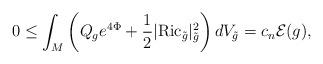
LaTeX: \begin{align*}0\leq \int_{M}\left(Q_{g}e^{4\Phi} + \frac{1}{2}|\mathrm{Ric}_{\tilde{g}}|^2_{\tilde{g}}\right)dV_{\tilde{g}}=c_n\mathcal{E}(g),\end{align*}